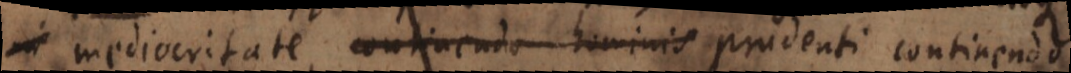
in mediocritate continendo hominis prudenti continendo